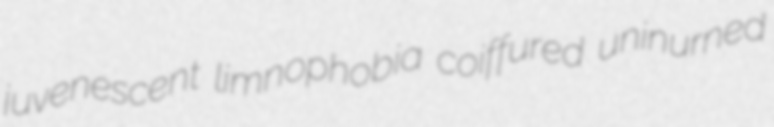
juvenescent limnophobia coiffured uninurned